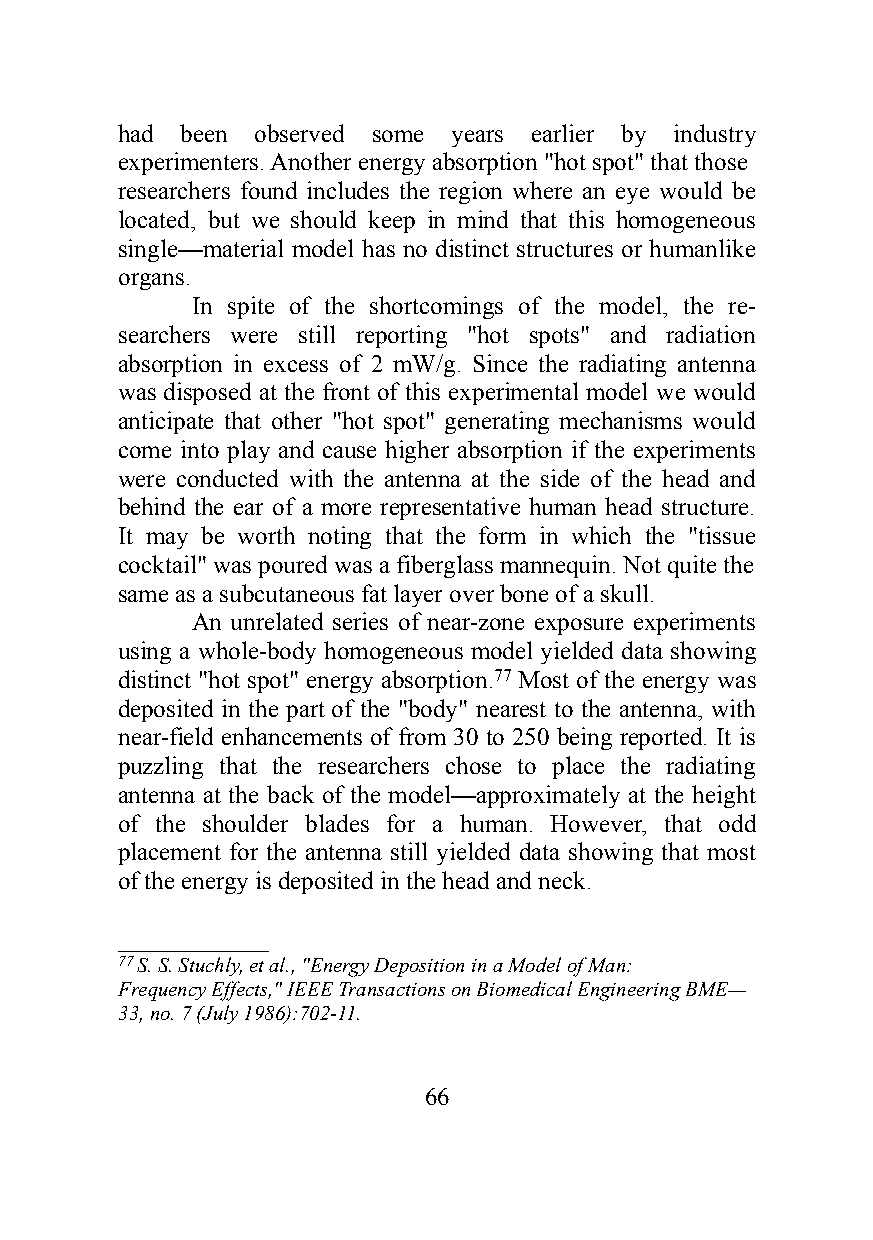
had been observed some years earlier by industry
 experimenters. Another energy absorption "hot spot" that those
 researchers found includes the region where an eye would be
 located, but we should keep in mind that this homogeneous
 single—material model has no distinct structures or humanlike
 organs.
 In spite of the shortcomings of the model, the re-
 searchers were still reporting "hot spots" and radiation
 absorption in excess of 2 mW/g. Since the radiating antenna
 was disposed at the front of this experimental model we would
 anticipate that other "hot spot" generating mechanisms would
 come into play and cause higher absorption if the experiments
 were conducted with the antenna at the side of the head and
 behind the ear of a more representative human head structure.
 It may be worth noting that the form in which the "tissue
 cocktail" was poured was a fiberglass mannequin. Not quite the
 same as a subcutaneous fat layer over bone of a skull.
 An unrelated series of near-zone exposure experiments
 using a whole-body homogeneous model yielded data showing
 distinct "hot spot" energy absorption.77 Most of the energy was
 deposited in the part of the "body" nearest to the antenna, with
 near-field enhancements of from 30 to 250 being reported. It is
 puzzling that the researchers chose to place the radiating
 antenna at the back of the model—approximately at the height
 of the shoulder blades for a human. However, that odd
 placement for the antenna still yielded data showing that most
 of the energy is deposited in the head and neck.
 ____________
 77 S. S. Stuchly, et al., "Energy Deposition in a Model of Man:
 Frequency Effects," IEEE Transactions on Biomedical Engineering BME—
 33, no. 7 (July 1986):702-11.
 66